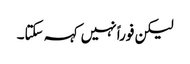
لیکن فوراً نہیں کہہ سکتا۔